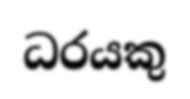
ධරයකු